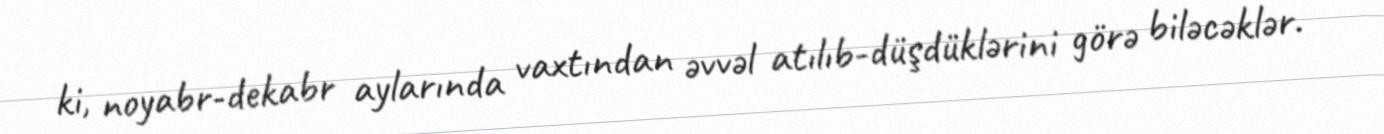
ki, noyabr-dekabr aylarında vaxtından əvvəl atılıb-düşdüklərini görə biləcəklər.